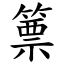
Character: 篻